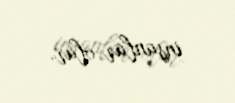
insanlar olur.